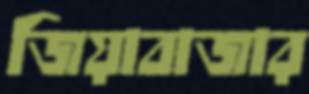
জিয়াবাজার